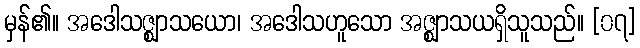
မှန်၏။ အဒေါသဇ္ဈာသယော၊ အဒေါသဟူသော အဇ္ဈာသယရှိသူသည်။ [၀၇]